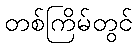
တစ်ကြိမ်တွင်